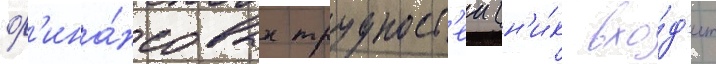
ф'ина́нсовых трудност'еи (н'и́к вхо́д'ит